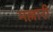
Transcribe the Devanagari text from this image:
मल्लारी